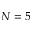
N = 5